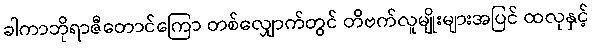
ခါကာဘိုရာဇီတောင်ကြော တစ်လျှောက်တွင် တိဗက်လူမျိုးများအပြင် ထလုနှင့်